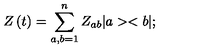
Z \left( t \right) = \sum _ { a , b = 1 } ^ { n } Z _ { a b } | a > < b | ;